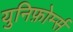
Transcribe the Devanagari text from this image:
युनिफ़ोर्म्स